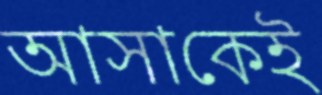
আসাকেই